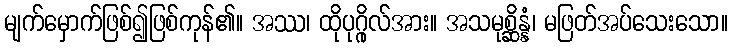
မျက်မှောက်ဖြစ်၍ဖြစ်ကုန်၏။ အဿ၊ ထိုပုဂ္ဂိုလ်အား။ အသမုစ္ဆိန္နံ၊ မဖြတ်အပ်သေးသော။